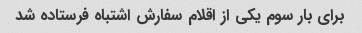
برای بار سوم یکی از اقلام سفارش اشتباه فرستاده شد